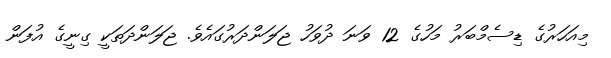
މިއަހަރުގެ ޑިސެމްބަރު މަހުގެ 12 ވަނަ ދުވަހު ޖަލަންދަރުގައެވެ. ޖަލަންދަތަކީ ގިނީގެ އުފަން